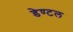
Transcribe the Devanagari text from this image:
डेण्टल